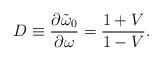
LaTeX: \begin{align*}D\equiv{\partial \tilde\omega_0\over\partial\omega}={1+V\over 1-V}.\end{align*}